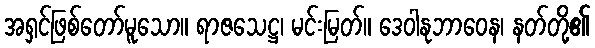
အရှင်ဖြစ်တော်မူသော။ ရာဇသေဋ္ဌ၊ မင်းမြတ်။ ဒေဝါနုဘာဝေန၊ နတ်တို့၏